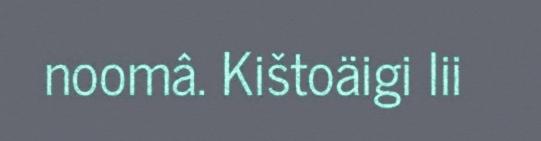
noomâ. Kištoäigi lii